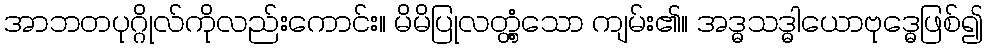
အာဘတပုဂ္ဂိုလ်ကိုလည်းကောင်း။ မိမိပြုလတ္တံ့သော ကျမ်း၏။ အဒ္ဓသဒ္ဓါယောဗုဒ္ဓေဖြစ်၍